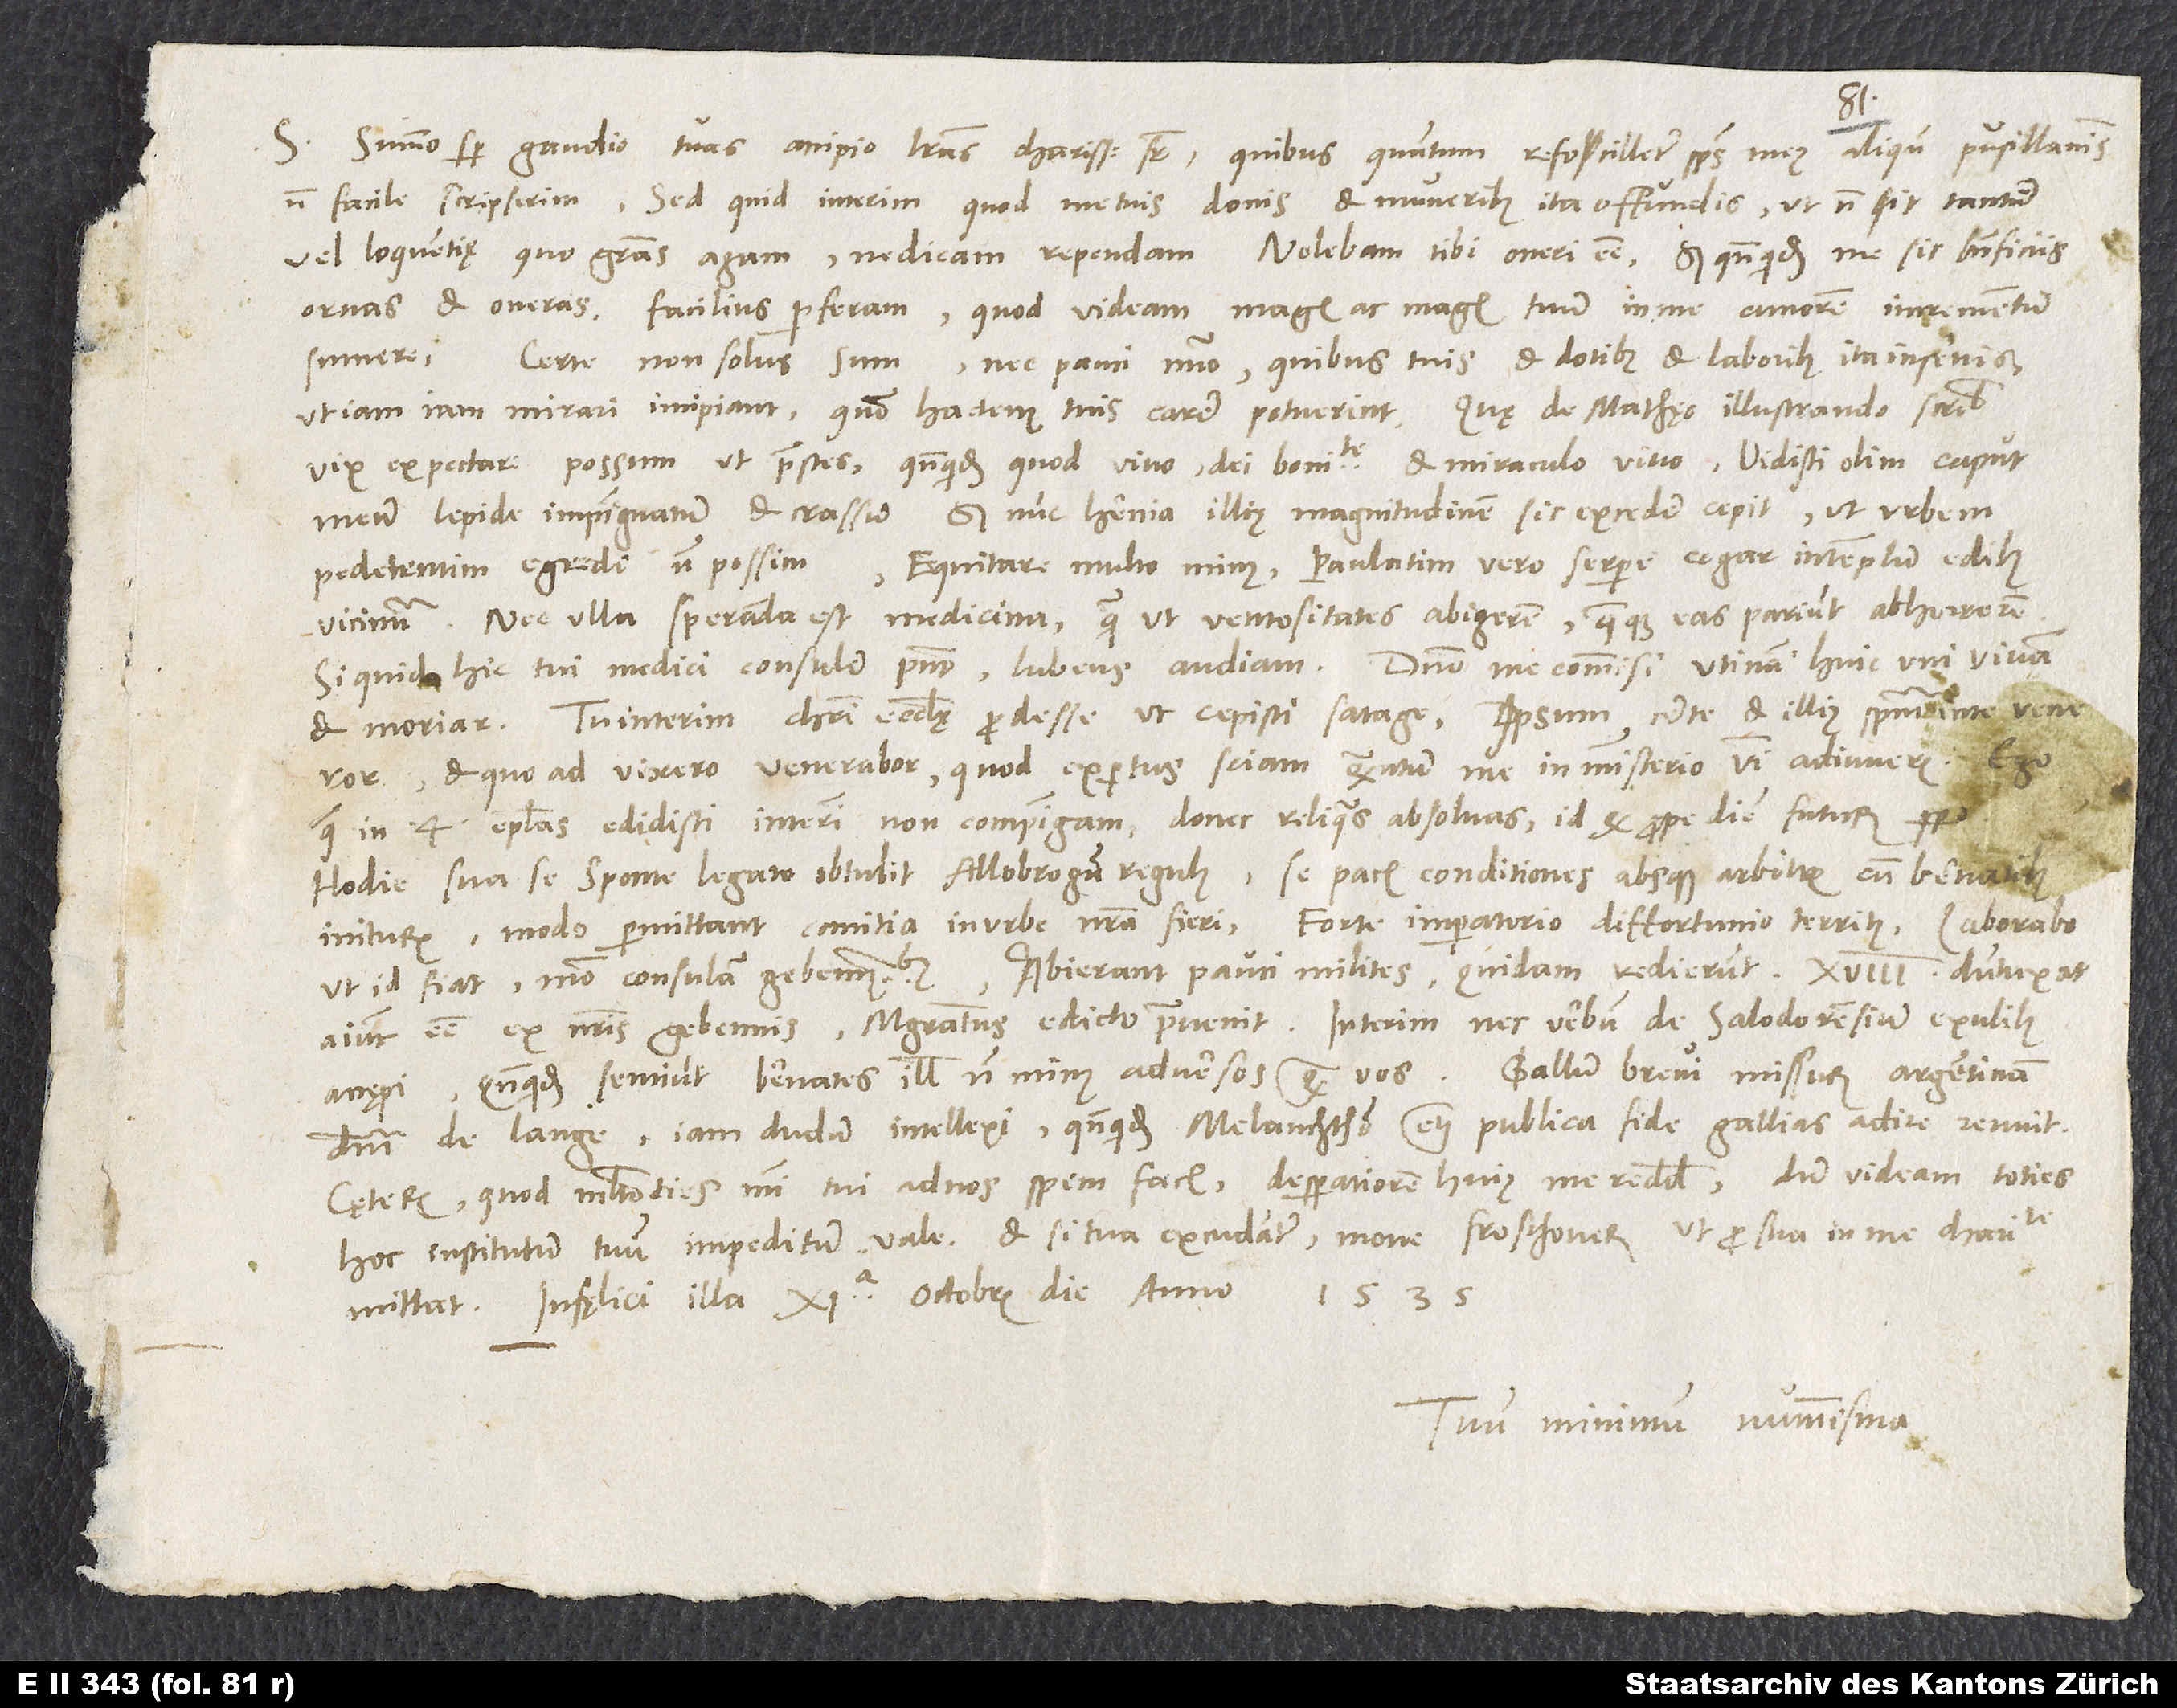
Summo semper gaudio tuas accipio literas, charissime frater, quibus quantum refocilletur spiritus meus aliquando pusillanimis,
S.
non facile scripserim. Sed quid interim, quod me tuis donis et muneribus ita offundis, ut non sit tantum
vel loquentię, quo gratias agam, ne dicam rependam? Nolebam tibi oneri esse, sed quandoquidem me sic beneficiis
ornas et oneras, facilius perferam, quod videam magis ac magis tuum in me amorem incrementum
sumere.
Certe non solus sum nec pauci numero, quibus tuis et dotibus et laboribus ita inservis,
ut iamiam mirari incipiant, quomodo hactenus tuis carere potuerint. Quae de Mathęo illustrando scribis,
vix expectare possum, ut praestes, quandoquidem quod vivo, dei bonitate et miraculo vivo. Vidisti olim caput
meum lepide impinguatum et crassum, sed nunc hernia illius magnitudinem sic excedere cepit, ut urbem
pedetentim egredi non possim, equitare multo minus, paulatim vero serpere cogar in templum edibus
vicinum, nec ulla speranda est medicina, quam ut ventositates abigerem, quaeque eas pariunt, abhorrerem.
Si quid hic tui medici consulere possunt, lubens audiam. Domino me commisi. Utinam huic uni vivam
et moriar! Tu interim Christi ecclesię prodesse, ut cepisti, satage. Ipsum certe et illius spiritum in te veneror
et, quoad vixero, venerabor, quod expertus sciam, quantum me in ministerio verbi adiuveris.
quae in 4 epistolas edidisti, interim non compingam, donec reliquas absolvas, id quod propediem futurum
Hodie sua se sponte legato obtulit Allobrogum regulus se pacis conditiones absque arbitris cum Bernatibus
initurum, modo permittant comitia in urbe nostra fieri, forte imperatorio diffortunio territus. Laborabo,
ut id fiat, modo consulam Gebennensibus. Abierant pauci milites, quidam redierunt. 18 dumtaxat
dominum de Lange iam dudum intellexi, quandoquidem Melanchthon etiam publica fide Gallias adire renuit.
Cęterum, quod multoties mihi tui ad nos spem facis, desperatiorem huius me reddis, dum videam toties
1535.
Infęlici illa 11. octobris die anno
Tuum minimum nummisma.